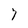
Character: 7